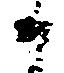
候